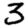
Digit: 3